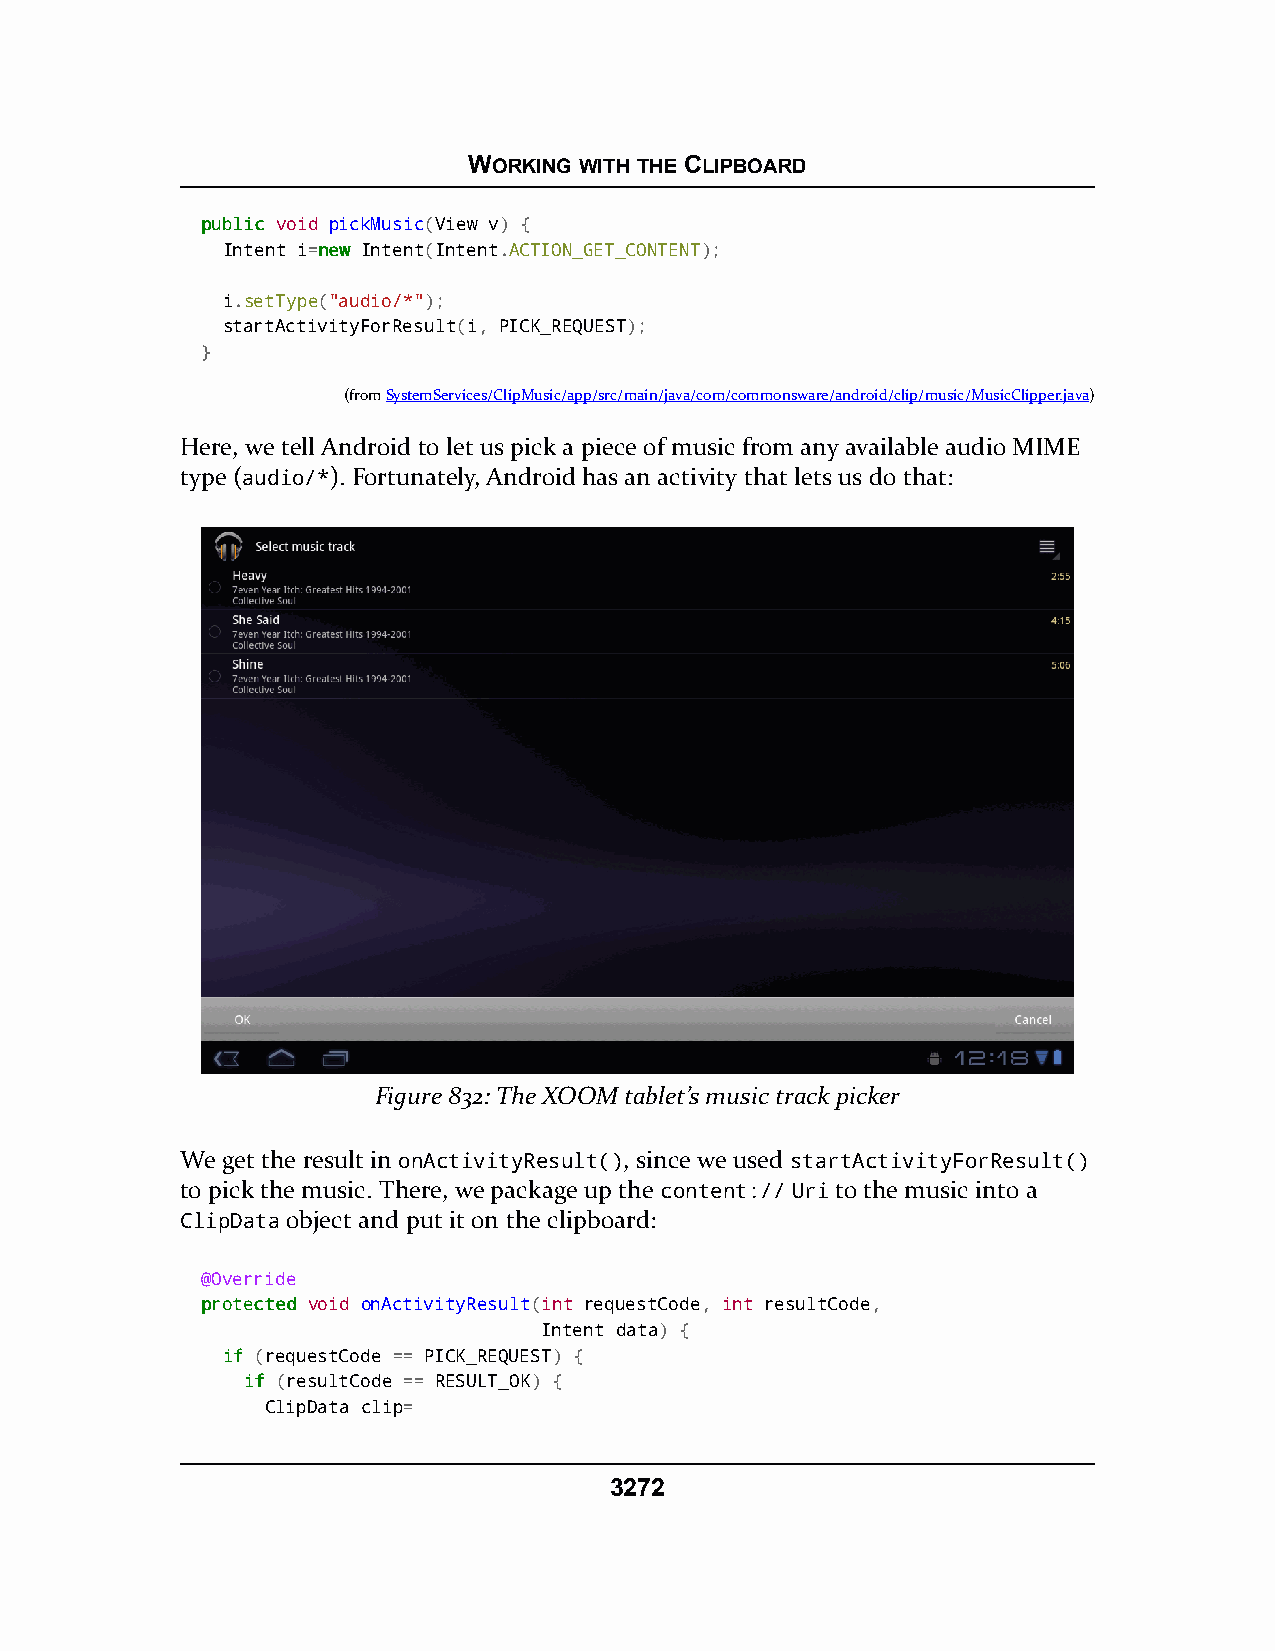
WORKING WITH THE CLIPBOARD
 ppuubblliicc void pickMusic(View v) {
 Intent i=nneeww Intent(Intent.ACTION_GET_CONTENT);
 i.setType("audio/*");
 startActivityForResult(i, PICK_REQUEST);
 }
 (fromSystemServices/ClipMusic/app/src/main/java/com/commonsware/android/clip/music/MusicClipper.java)
 Here, we tell Android to let us pick a piece of music from any available audio MIME
 type (audio/*). Fortunately, Android has an activity that lets us do that:
 Figure 832: The XOOM tablet’s music track picker
 We get the result in onActivityResult(), since we used startActivityForResult()
 to pick the music. There, we package up the content:// Uri to the music into a
 ClipData object and put it on the clipboard:
 @Override
 pprrootteecctteedd void onActivityResult(int requestCode, int resultCode,
 Intent data) {
 iiff (requestCode == PICK_REQUEST) {
 iiff (resultCode == RESULT_OK) {
 ClipData clip=
 3272